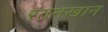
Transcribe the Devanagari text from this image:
रतनखान